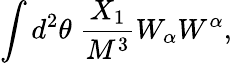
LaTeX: \int d^{2}\theta\; {\frac{X_{1}}{M^{3}}}W_{\alpha}W^{\alpha},